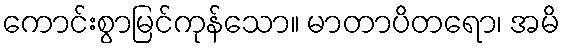
ကောင်းစွာမြင်ကုန်သော။ မာတာပိတရော၊ အမိ